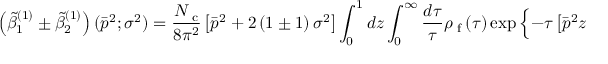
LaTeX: \left( { \tilde { \beta } } _ { 1 } ^ { ( 1 ) } \pm { \tilde { \beta } } _ { 2 } ^ { ( 1 ) } \right) ( { \bar { p } } ^ { 2 } ; { \sigma } ^ { 2 } ) = \frac { N _ { \mathrm { \footnotesize ~ c } } } { 8 \pi ^ { 2 } } \left[ { \bar { p } } ^ { 2 } + 2 \left( 1 \pm 1 \right) { \sigma } ^ { 2 } \right] \int _ { 0 } ^ { 1 } d z \int _ { 0 } ^ { \infty } \frac { d { \tau } } { { \tau } } \rho _ { \mathrm { \scriptsize ~ f } } \left( { \tau } \right) \exp { \Big \{ } - { \tau } \left[ { \bar { p } } ^ { 2 } z \left( 1 - z \right) + { \sigma } ^ { 2 } \right] { \Big \} } \ ,